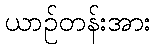
ယာဉ်တန်းအား